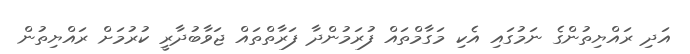
އަދި ރައްޔިތުންގެ ނަމުގައި އެކި މަގާމްތައް ފުރަމުންދާ ފަރާތްތައް ޖަވާބުދާރީ ކުރުމަށް ރައްޔިތުން